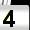
Digit: 4